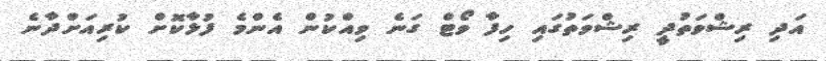
އަދި ރިޝްވަތުދީ ރިޝްވަތުގައި ހިފާ ވޯޓް ގަނެ ވިއްކުން އެންމެ ފުޅާކޮށް ކުރިއަށްދާނެ